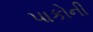
પાકોની